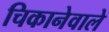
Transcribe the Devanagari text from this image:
चिकानेवाले